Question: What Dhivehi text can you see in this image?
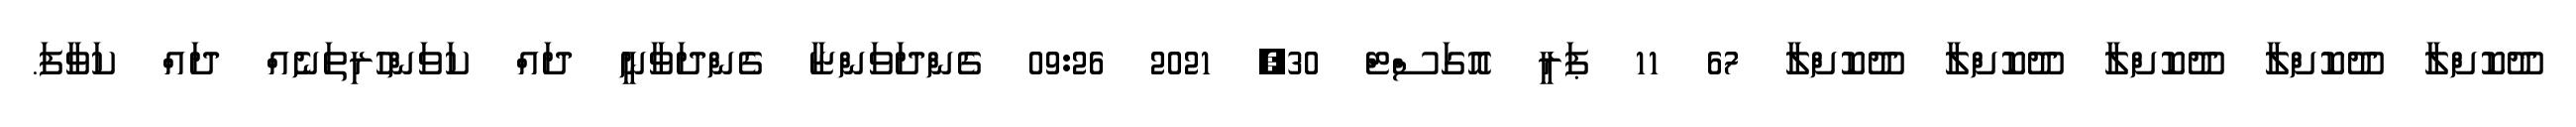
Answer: ދޫކޮށްލާ ދޫކޮށްލާ ދޫކޮށްލާ ދޫކޮށްލާ ދޫކޮށްލާ 67 11 ޕަރީ އޮގަސްޓް 30, 2021 09:26 ގެންދަވަންޏާ ގެންދަވާނީ ދައް ކަވަންހުރިތަނެއް ދައް ކަވާފަ.